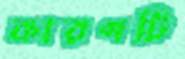
কারণটি